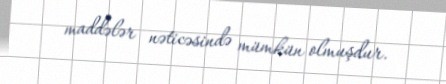
maddələr nəticəsində mümkün olmuşdur.